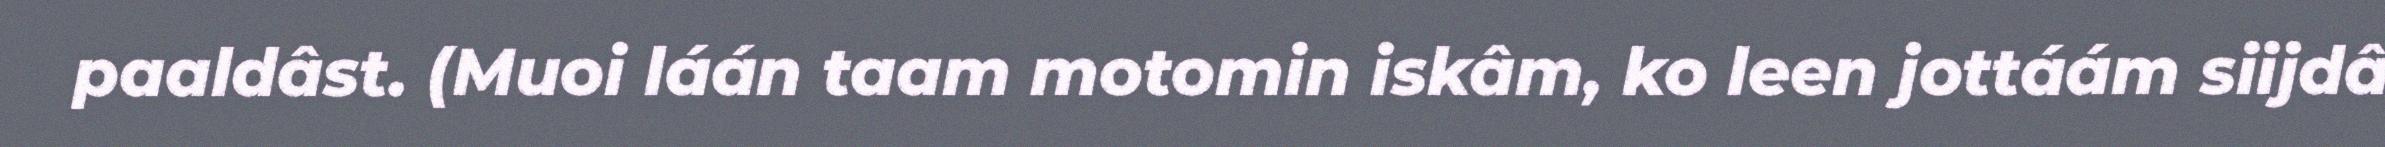
paaldâst. (Muoi láán taam motomin iskâm, ko leen jottáám siijdâ